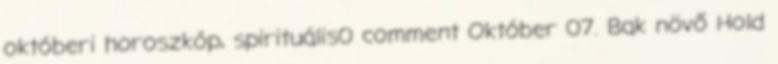
októberi horoszkóp, spirituális0 comment Október 07. Bak növő Hold